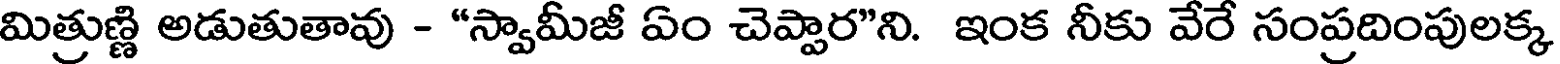
మిత్రుణ్ణి అడుతుతావు - "స్వామీజీ ఏం చెప్పార"ని. ఇంక నీకు వేరే సంప్రదింపులక్క